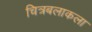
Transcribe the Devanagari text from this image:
चित्रबलाकला